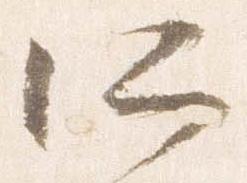
所